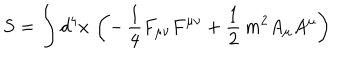
LaTeX: S = \int d ^ { 4 } x \, \left( - \, \frac { 1 } { 4 } F _ { \mu \nu } F ^ { \mu \nu } + \frac { 1 } { 2 } \, m ^ { 2 } A _ { \mu } A ^ { \mu } \right)